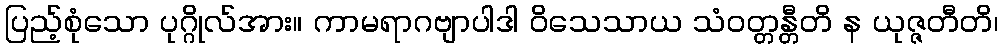
ပြည့်စုံသော ပုဂ္ဂိုလ်အား။ ကာမရာဂဗျာပါဒါ ဝိသေသာယ သံဝတ္တန္တီတိ န ယုဇ္ဇတီတိ၊